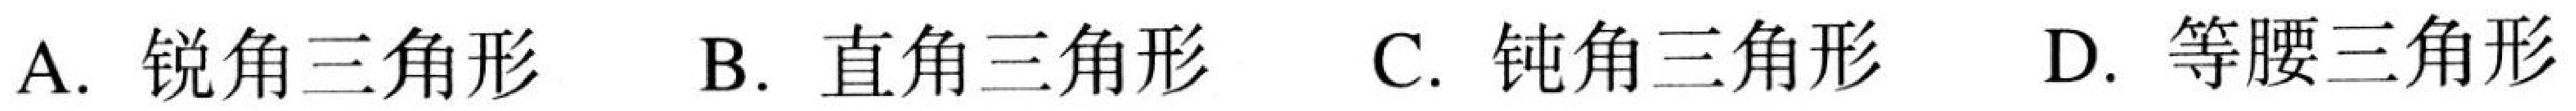
A. 锐角三角形  B. 直角三角形  C. 钝角三角形  D. 等腰三角形